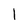
Character: l